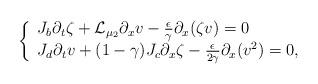
LaTeX: \begin{align*}\left\{\begin{array}{lll}J_b\partial_t\zeta +\mathcal L_{\mu_2}\partial_x v -\frac{\epsilon}{\gamma}\partial_x(\zeta v)=0\\J_d\partial_t v+ (1-\gamma) J_c\partial_x \zeta -\frac{\epsilon}{2\gamma}\partial_x(v^2)=0,\end{array}\right.\end{align*}